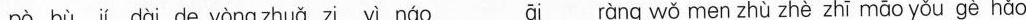
pò bù jí dài de yòng zhuǎ zi yì náo āi ràng wǒ men zhù zhè zhī māo yǒu gè hǎo